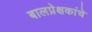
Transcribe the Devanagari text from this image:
बालप्रेक्षकांचे